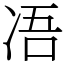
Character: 𠗐